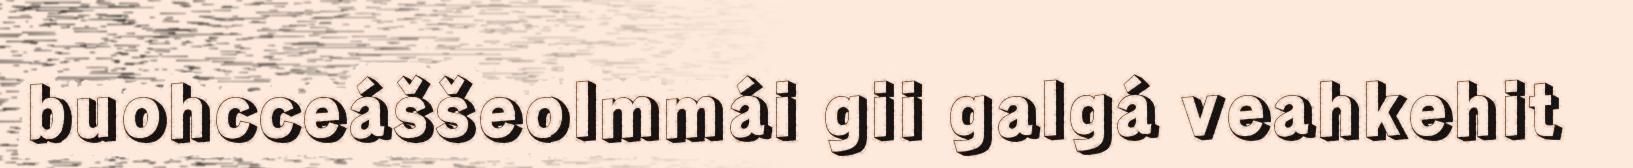
buohcceáššeolmmái gii galgá veahkehit